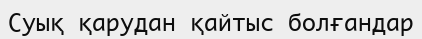
Суық қарудан қайтыс болғандар